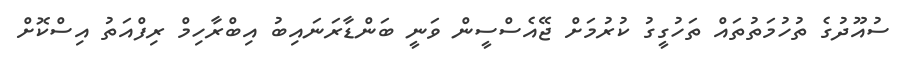
ސުއޫދުގެ ތުހުމަތުތައް ތަހުގީގު ކުރުމަށް ޖޭއެސްސީން ވަނީ ބަންޑާރަނައިބު އިބްރާހިމް ރިފްއަތު އިސްކޮށް